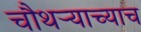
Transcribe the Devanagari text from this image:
चौथर्‍याच्याच